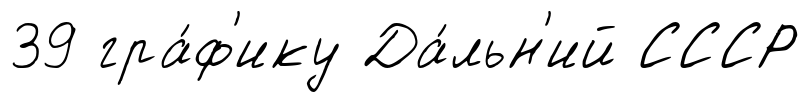
39 гра́ф'ику Да́льн'ий СССР